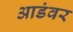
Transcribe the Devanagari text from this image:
आडंवर